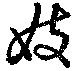
妓